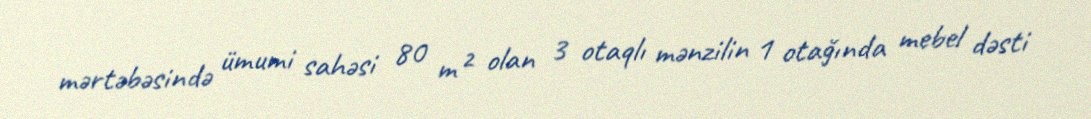
mərtəbəsində ümumi sahəsi 80 m² olan 3 otaqlı mənzilin 1 otağında mebel dəsti